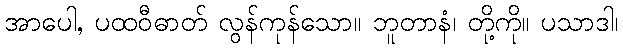
အာပေါ, ပထဝီဓာတ် လွန်ကုန်သော။ ဘူတာနံ၊ တို့ကို။ ပသာဒါ၊